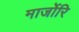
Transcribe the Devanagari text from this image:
मार्जोरि